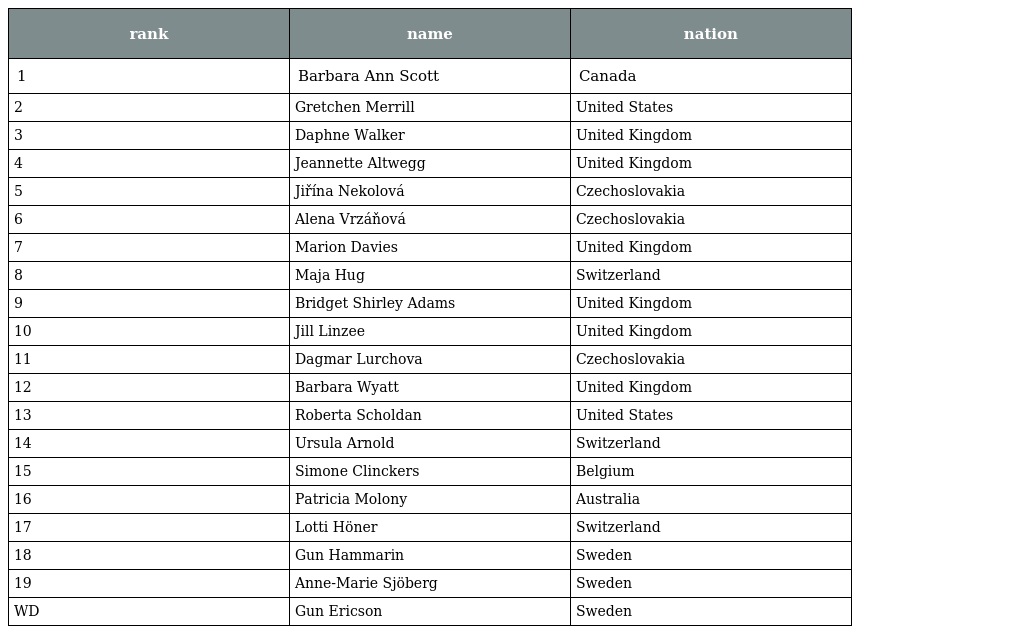
| rank | name | nation |
 | --- | --- | --- |
 | 1 | Barbara Ann Scott | Canada |
 | 2 | Gretchen Merrill | United States |
 | 3 | Daphne Walker | United Kingdom |
 | 4 | Jeannette Altwegg | United Kingdom |
 | 5 | Jiřína Nekolová | Czechoslovakia |
 | 6 | Alena Vrzáňová | Czechoslovakia |
 | 7 | Marion Davies | United Kingdom |
 | 8 | Maja Hug | Switzerland |
 | 9 | Bridget Shirley Adams | United Kingdom |
 | 10 | Jill Linzee | United Kingdom |
 | 11 | Dagmar Lurchova | Czechoslovakia |
 | 12 | Barbara Wyatt | United Kingdom |
 | 13 | Roberta Scholdan | United States |
 | 14 | Ursula Arnold | Switzerland |
 | 15 | Simone Clinckers | Belgium |
 | 16 | Patricia Molony | Australia |
 | 17 | Lotti Höner | Switzerland |
 | 18 | Gun Hammarin | Sweden |
 | 19 | Anne-Marie Sjöberg | Sweden |
 | WD | Gun Ericson | Sweden |